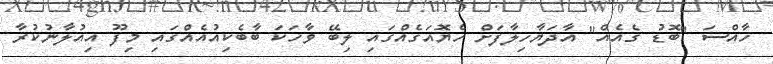
ހާއްސަ "ބޮޑު ގެއެއް" އާދަޔާހިލާފަށް ހެޔޮއަގެއްގައި ލިބޭ ވާހަކަ ބާބެކިއުއެއްގައި މިފޫ އިއުލާނުކުރާ